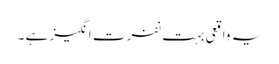
یہ واقعی بہت نفرت انگیز ہے ۔